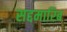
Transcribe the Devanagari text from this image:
सद्दमारिब